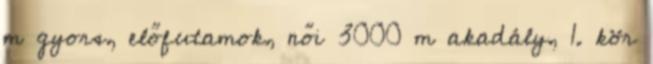
m gyors, előfutamok, női 3000 m akadály, 1. kör